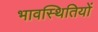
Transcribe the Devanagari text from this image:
भावस्थितियों